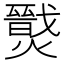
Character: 𤐦